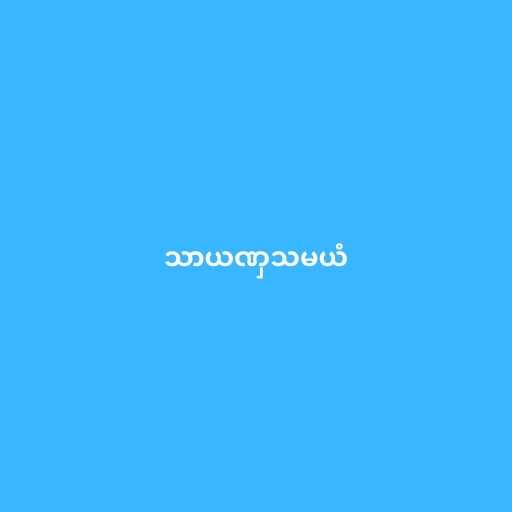
သာယဏှသမယံ